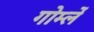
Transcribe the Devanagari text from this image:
गोर्म्ले